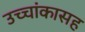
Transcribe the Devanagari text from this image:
उच्चांकासह